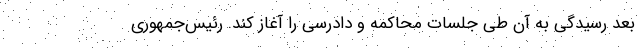
بعد رسیدگی به آن طی جلسات محاکمه و دادرسی را آغاز کند. رئیس‌جمهوری